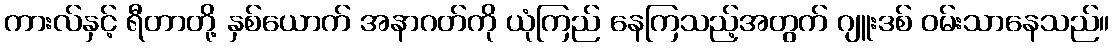
ကားလ်နှင့် ရီတာတို့ နှစ်ယောက် အနာဂတ်ကို ယုံကြည် နေကြသည့်အတွက် ဂျူးဒစ် ဝမ်းသာနေသည်။